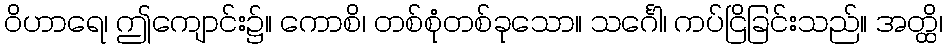
ဝိဟာရေ၊ ဤကျောင်း၌။ ကောစိ၊ တစ်စုံတစ်ခုသော။ သင်္ဂေါ၊ ကပ်ငြိခြင်းသည်။ အတ္ထိ၊